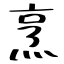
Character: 烹